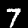
Digit: 7